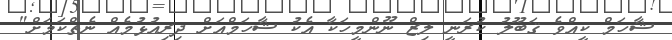
ޝާހަމް ކީއްވެ ޤަބޫލު ކުރަނީ ލިޒް ނޫންމީހަކާ އެކު ޝާހަމްއަށް ދިރިއުޅުމެއް ނެތްކަމަށް"